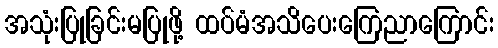
အသုံးပြုခြင်းမပြုဖို့ ထပ်မံအသိပေးကြေညာကြောင်း